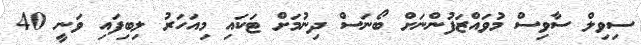
ސިވިލް ސާވިސް މުވައްޒަފުންނަށް ބޯނަސް ދިނުމަށް ޓަކައި މިއަހަރު ލިބިފައި ވަނީ 40